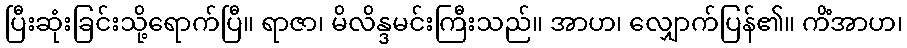
ပြီးဆုံးခြင်းသို့ရောက်ပြီ။ ရာဇာ၊ မိလိန္ဒမင်းကြီးသည်။ အာဟ၊ လျှောက်ပြန်၏။ ကိံအာဟ၊